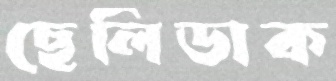
ছেলিডাক